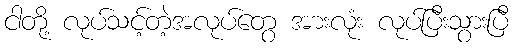
ငါတို့ လုပ်သင့်တဲ့အလုပ်တွေ အားလုံး လုပ်ပြီးသွားပြီ